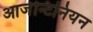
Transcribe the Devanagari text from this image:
आर्जेन्टिनियन